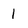
Character: 1